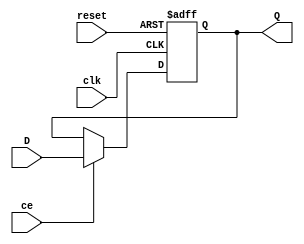
module d_ff (
   input D,
   input clk,
   input reset,
   input ce,
   output reg Q
);

always @(posedge clk or posedge reset)
   if (reset)
      Q <= 1'b0;
   else if (ce)
      Q <= D;

endmodule